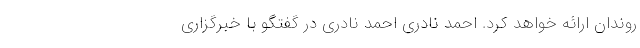
روندان ارائه خواهد کرد. احمد نادری احمد نادری در گفتگو با خبرگزاری